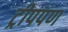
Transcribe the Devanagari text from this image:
ट्रीपपण